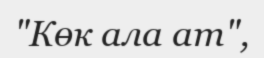
"Көк ала ат",